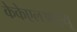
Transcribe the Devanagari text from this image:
केकेएलआईयू